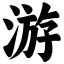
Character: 游